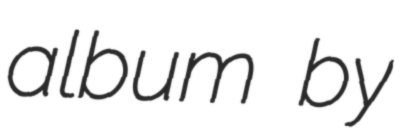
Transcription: album by